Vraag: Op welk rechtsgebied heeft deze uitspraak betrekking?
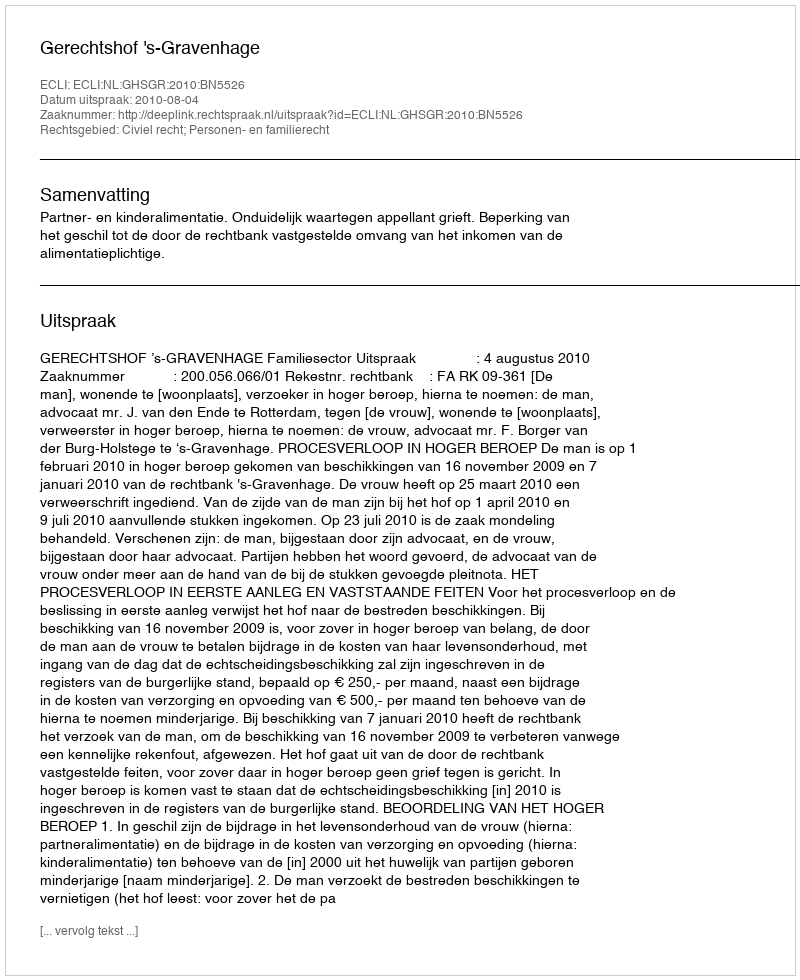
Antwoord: Civiel recht; Personen- en familierecht